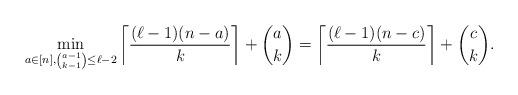
LaTeX: \begin{align*}\min_{a\in[n],\binom{a-1}{k-1}\leq \ell-2} \left\lceil\frac{(\ell-1)(n-a)}k\right\rceil+\binom{a}k=\left\lceil\frac{(\ell-1)(n-c)}k\right\rceil+\binom{c}k.\end{align*}